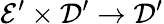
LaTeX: {\mathcal{E}}^{\prime}\times{\mathcal{D}}^{\prime}\to{\mathcal{D}}^{\prime}